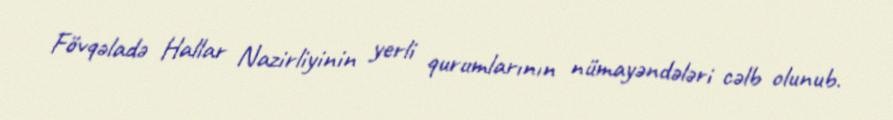
Fövqəladə Hallar Nazirliyinin yerli qurumlarının nümayəndələri cəlb olunub.